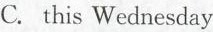
C. this Wednesday